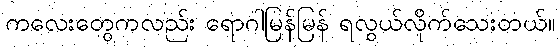
ကလေးတွေကလည်း ရောဂါမြန်မြန် ရလွယ်လိုက်သေးတယ်။